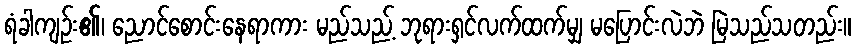
ရံခါကျဉ်း၏၊ ညောင်စောင်းနေရာကား မည်သည့် ဘုရားရှင်လက်ထက်မျှ မပြောင်းလဲဘဲ မြဲသည်သတည်း။